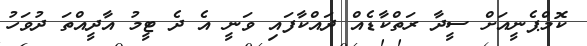
ކޮމްޕެނީއަށް ސީދާ ރަތްކާޑެއް ދައްކާފައި ވަނީ އެ ދެ ޓީމު އާދީއްތަ ދުވަހު